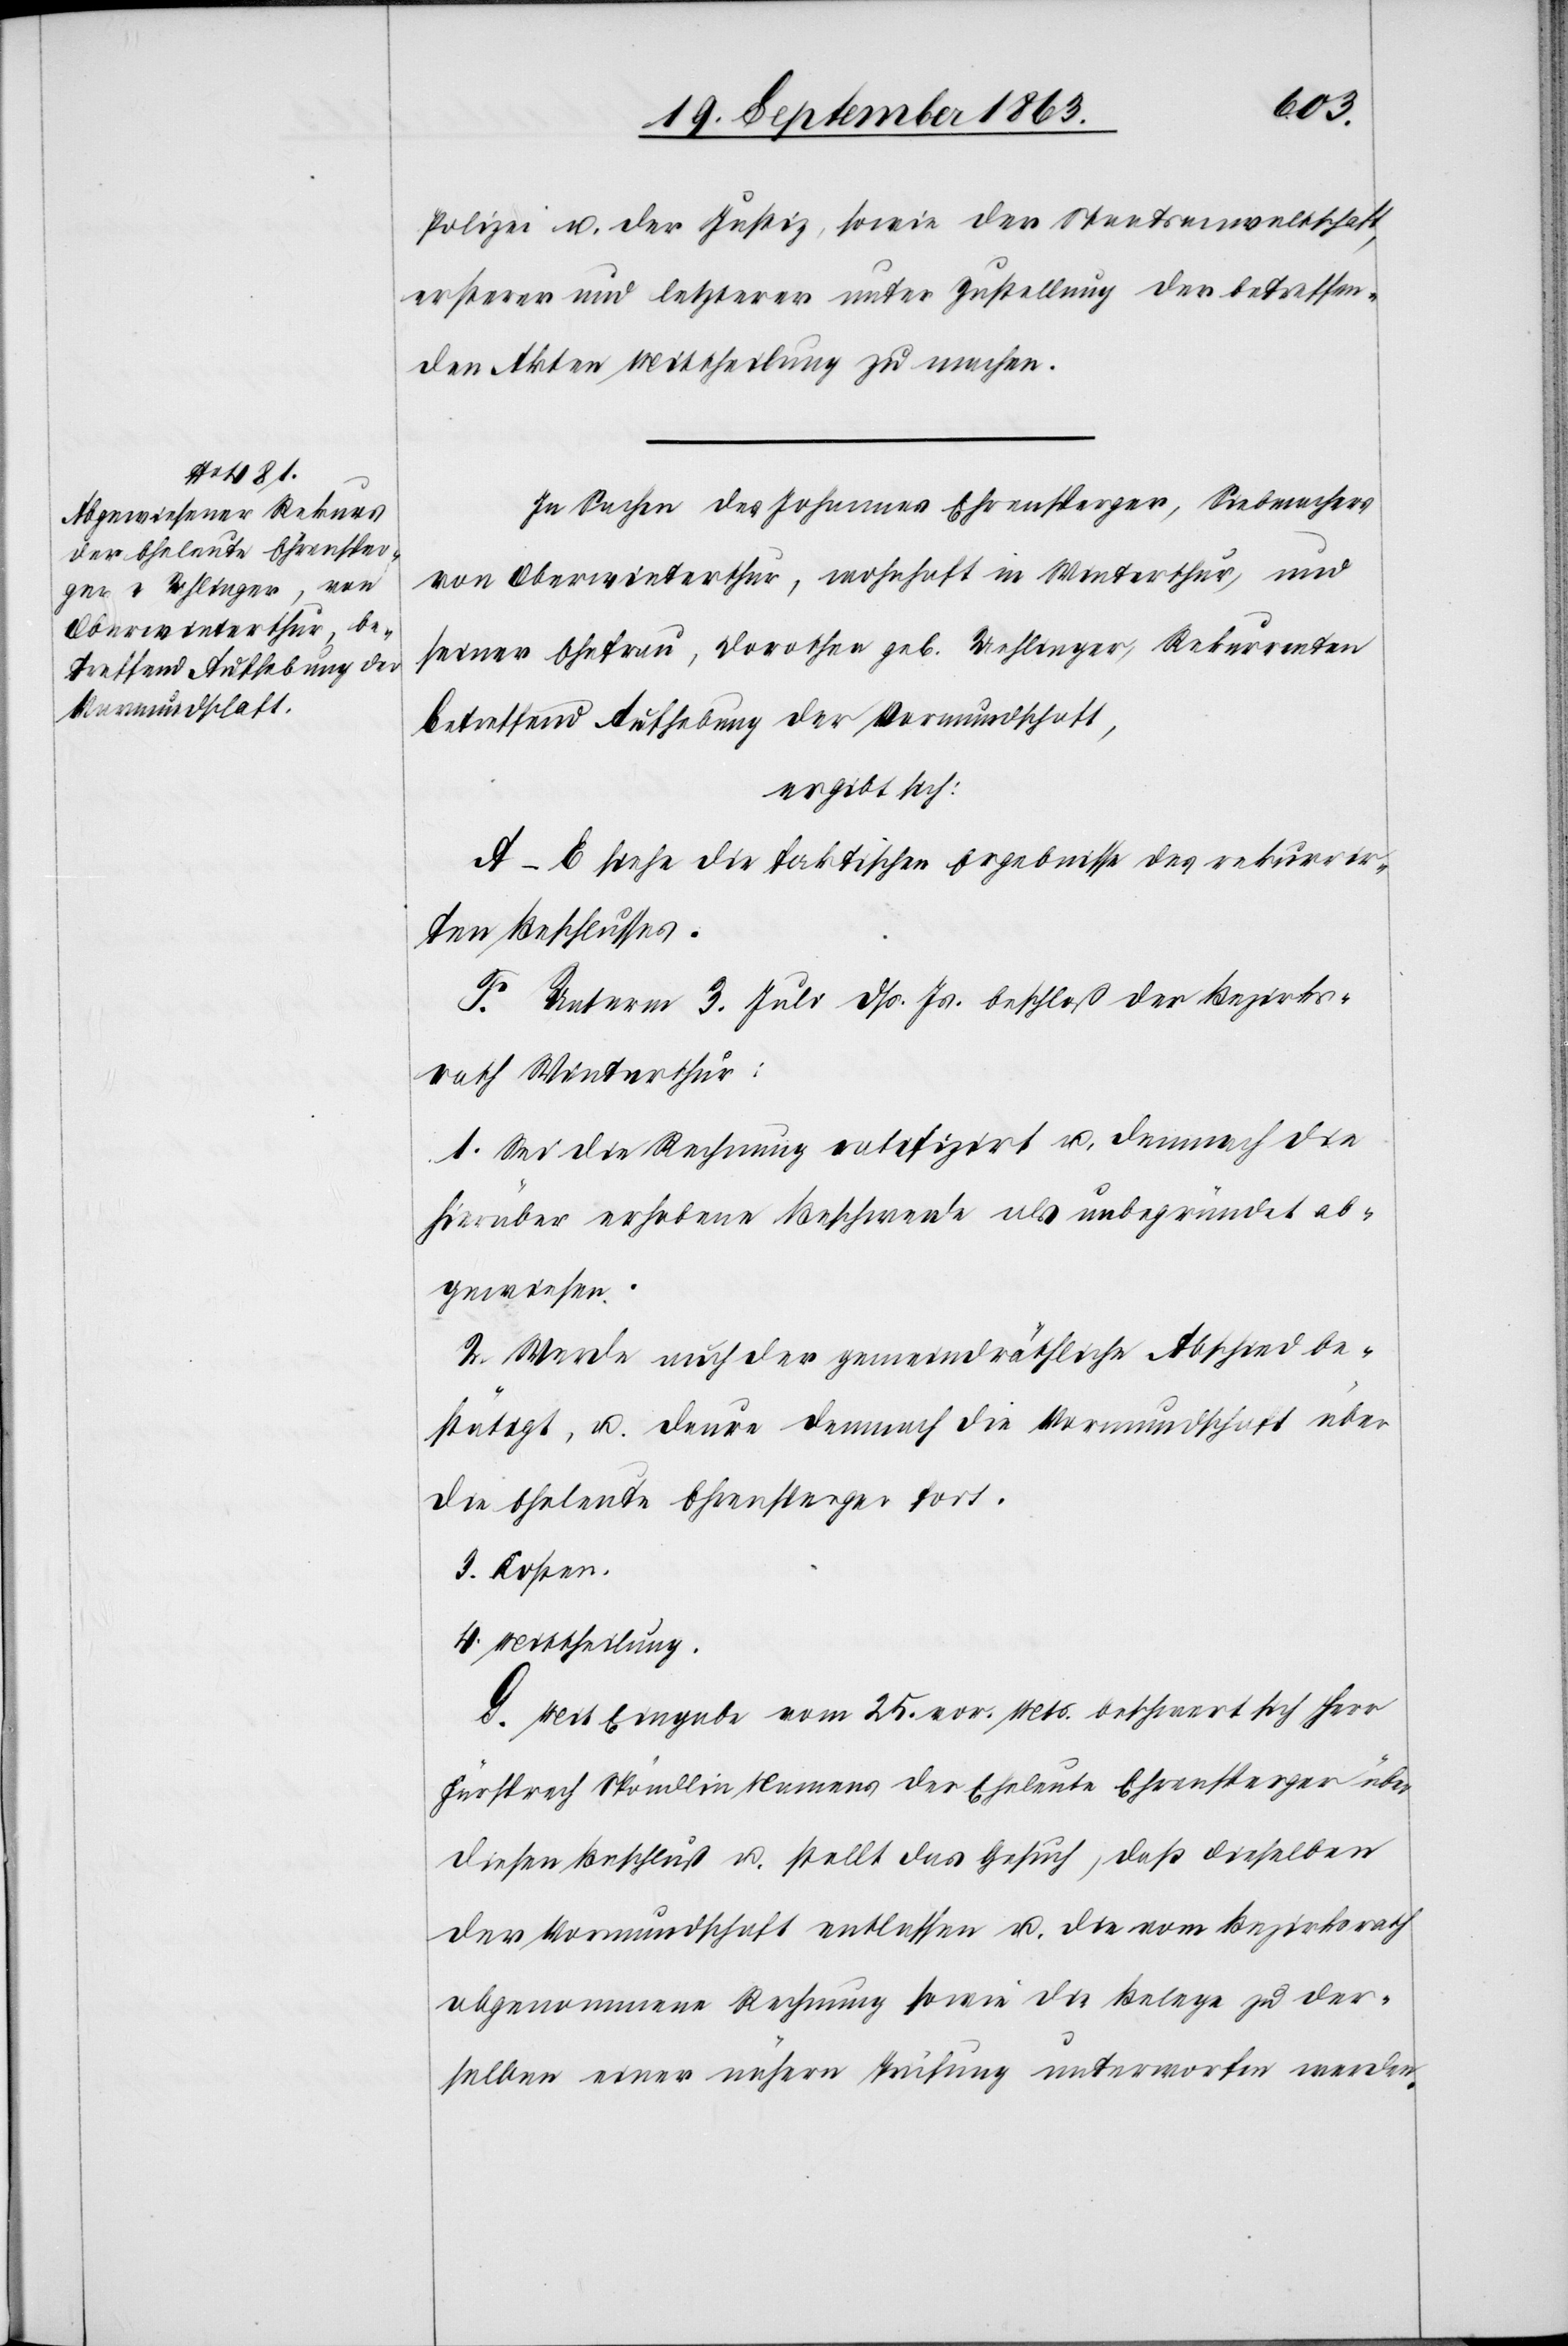
Polizei u. der Justiz, sowie der Staatsanwaltschaft,
ersterer und letzterer unter Zustellung der betreffen¬
den Akten Mittheilung zu machen.
In Sachen des Johannes Ehrensperger, Siebmachers
von Oberwinterthur, wohnhaft in Winterthur, und
seiner Ehefrau, Dorothea geb. Uehlinger [sic!], Rekurrenten
betreffend Aufhebung der Vormundschaft,
ergibt sich,
A–E siehe die faktischen Ergebnisse des rekurrir¬
ten Beschlusses.
F. Unterm 3. Juli dß. Js. beschloß der Bezirks¬
rath Winterthur:
1. Sei die Rechnung ratifizirt u. demnach die
hierüber erhobene Beschwerde als unbegründet ab¬
gewiesen.
2. Werde auch der gemeindräthliche Abschied be¬
stätigt, u. daure demnach die Vormundschaft über
die Eheleute Ehrensperger fort.
3. Kosten.
4. Mittheilung.
G. Mit Eingabe vom 25. vor. Mts. beschwert sich Herr
Fürsprech Spöndlin Namens der Eheleute Ehrensperger über
diesen Beschluß u. stellt das Gesuch, daß dieselben
der Vormundschaft entlassen u. die vom Bezirksrath
abgenommene Rechnung sowie die Belege zu der¬
selben einer nähern Prüfung unterworfen werden.